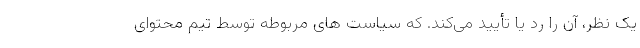
یک نظر، آن را رد یا تأیید می‌کند.‌ که سیاست های مربوطه توسط تیم محتوای